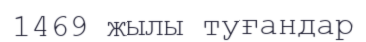
1469 жылы туғандар